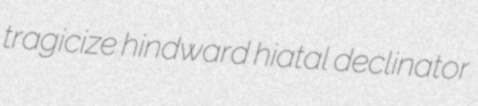
tragicize hindward hiatal declinator